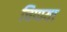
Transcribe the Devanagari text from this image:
चिप्पया